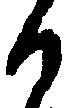
か